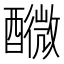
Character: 𨣟